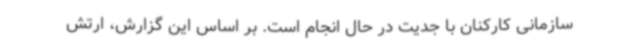
سازمانی کارکنان با جدیت در حال انجام است. بر اساس این گزارش، ارتش